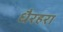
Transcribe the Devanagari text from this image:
धैरहरा